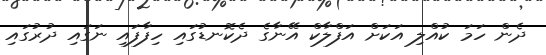
ދެން ހަމަ ކުއްލި އަކަށް އަފްލާކް އޭނާގެ ދެކޮނޑުގައި ހިފާފައި ނަގައި ދުރުގައި